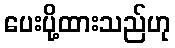
ပေးပို့ထားသည်ဟု